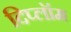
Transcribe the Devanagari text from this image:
दिप्लॉम